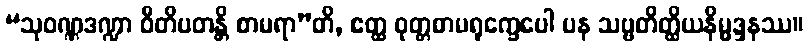
“သုဝဏ္ဏဒဏ္ဍာ ဝီတိပတန္တိ စာမရာ”တိ, ဧတ္ထ ဝုတ္တစာမရုက္ခေပေါ ပန သဗ္ဗတိတ္ထိယနိမ္မဒ္ဒနဿ။